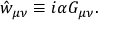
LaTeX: \hat { w } _ { \mu \nu } \equiv i \alpha G _ { \mu \nu } .